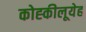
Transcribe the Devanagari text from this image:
कोह्कीलूयेह